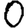
Digit: 0